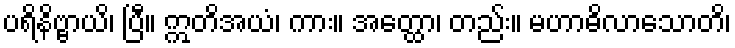
ပရိနိဗ္ဗာယိ၊ ပြီ။ ဣတိအယံ၊ ကား။ အတ္ထော၊ တည်း။ မဟာဓိလာသောတိ၊